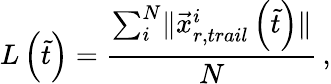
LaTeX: L\left(\tilde{t}\right)=\frac{\sum_{i}^{N}\lVert\vec{x}_{r,trail}^{i}\left(\tilde{t}\right)\rVert}{N}\, ,